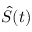
\hat { S } ( t )